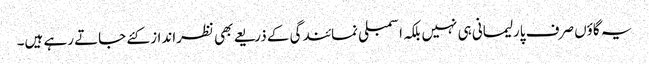
یہ گاؤں صرف پارلیمانی ہی نہیں بلکہ اسمبلی نمائندگی کے ذریعے بھی نظرانداز کئے جاتے رہے ہیں۔